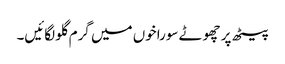
پیٹھ پر چھوٹے سوراخوں میں گرم گلو لگائیں۔